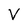
Character: V